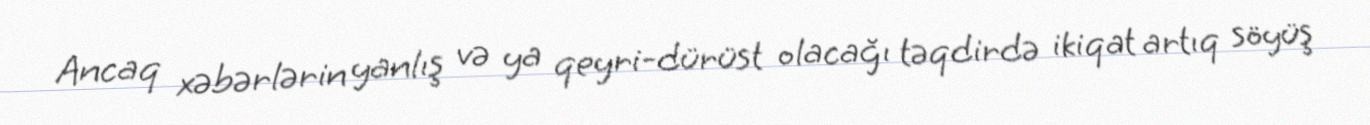
Ancaq xəbərlərin yanlış və ya qeyri-dürüst olacağı təqdirdə ikiqat artıq söyüş